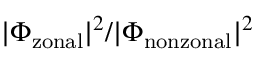
| \Phi _ { \mathrm { z o n a l } } | ^ { 2 } / | \Phi _ { \mathrm { n o n z o n a l } } | ^ { 2 }